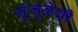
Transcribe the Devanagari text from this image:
मुंजुळेची